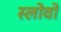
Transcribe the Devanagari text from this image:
स्लोवो